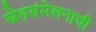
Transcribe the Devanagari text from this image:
स्नेहसंमेलनाची